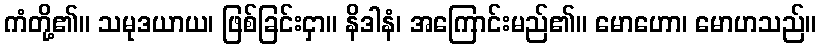
ကံတို့၏။ သမုဒယာယ၊ ဖြစ်ခြင်းငှာ။ နိဒါနံ၊ အကြောင်းမည်၏။ မောဟော၊ မောဟသည်။